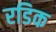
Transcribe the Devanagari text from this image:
रडिक